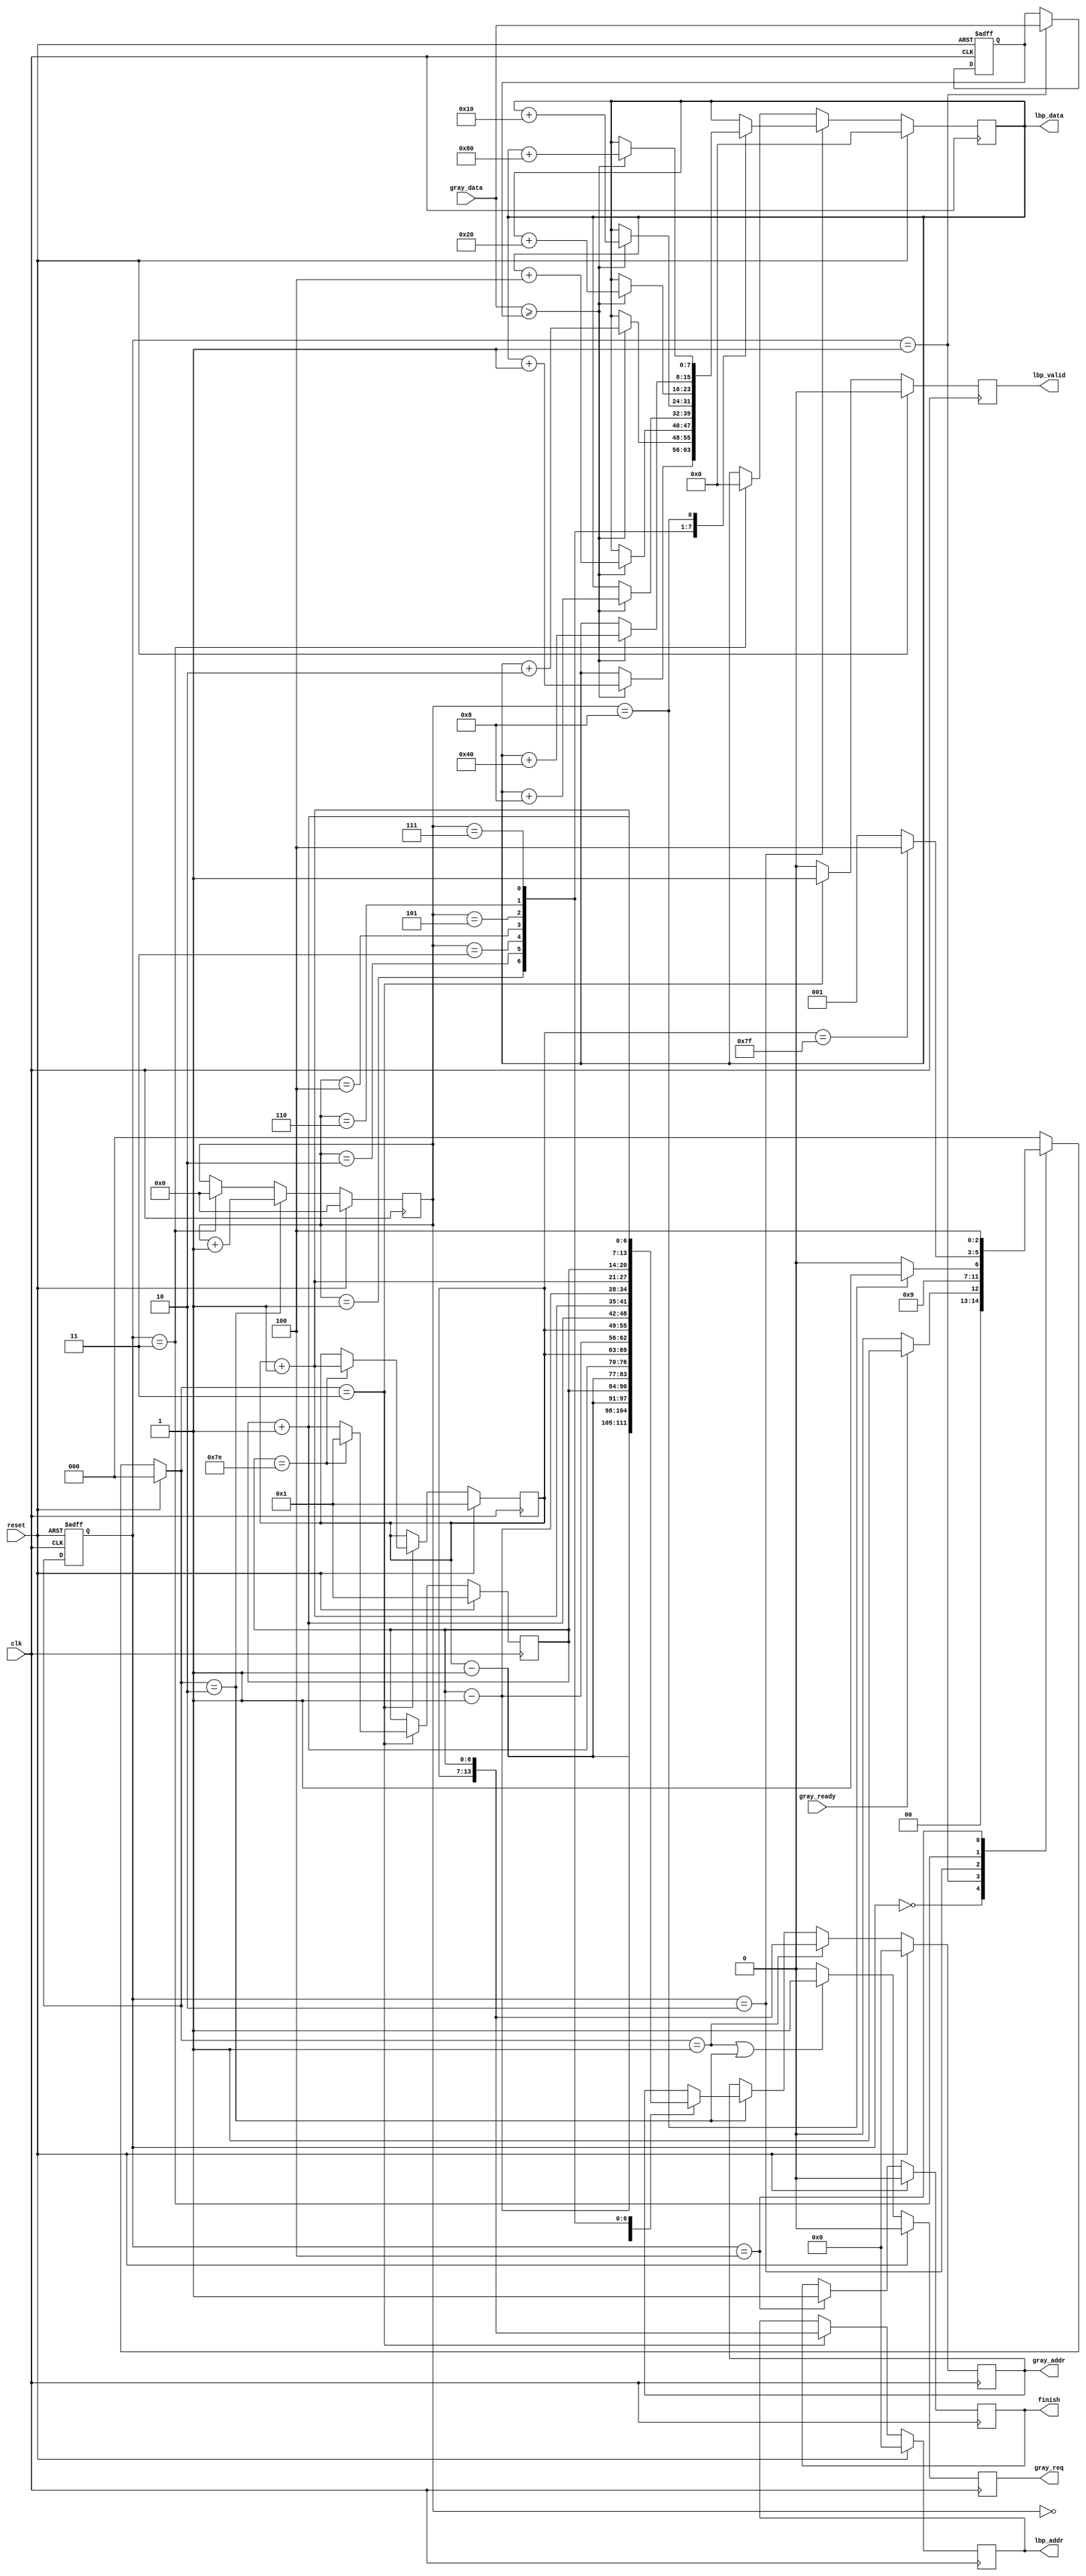
`timescale 1ns/10ps
module LBP ( clk, reset, gray_addr, gray_req, gray_ready, gray_data, lbp_addr, lbp_valid, lbp_data, finish);
input clk;
input reset;
output reg [13:0] gray_addr;
output reg gray_req;
input gray_ready;
input [7:0] gray_data;
output reg [13:0] lbp_addr;
output reg lbp_valid;
output reg [7:0] lbp_data;
output reg finish;

reg [2:0] current_state;
reg [2:0] next_state;
parameter INITIAL = 3'd0;
parameter READ_GC = 3'd1;
parameter CONSOLE_GD = 3'd2;
parameter WRITE_HOST = 3'd3;
parameter FINIFH = 3'd4;

reg [3:0] counter;
reg [6:0] x;
reg [6:0] y;
reg [7:0] center_value;
wire [6:0] x_after;
wire [6:0] x_before;
wire [6:0] y_after;
wire [6:0] y_before;
assign x_after = x + 1;
assign y_after = y + 1;
assign x_before = x - 1;
assign y_before = y - 1;

// next state
always @(posedge clk or posedge reset) begin
    if(reset)
        current_state <= INITIAL;
    else
        current_state <= next_state;
end

// state logic
always @(*) begin
    if(reset)
        next_state = INITIAL;
    else
    begin
        case(current_state)
        INITIAL:
        begin
            if(gray_ready)
                next_state = READ_GC;
            else
                next_state = INITIAL;
        end
        READ_GC:
            next_state = CONSOLE_GD;
        CONSOLE_GD:
            if(counter == 4'd8)
                next_state = WRITE_HOST;
            else
                next_state = CONSOLE_GD;
        WRITE_HOST:
            if(y == 7'd127)
                next_state = FINIFH;
            else
                next_state = READ_GC;
        FINIFH:
            next_state = FINIFH;
        default:
            next_state = INITIAL;
        endcase
    end
end

/* output */
//gray_addr
always @(posedge clk) begin
    if(reset)
        gray_addr <= 0;
    else if(next_state == READ_GC)
        gray_addr <= {y,x};
    else if(next_state == CONSOLE_GD)
    begin
        case (counter)
            4'd0:
                gray_addr <= {y_before, x_before};
            4'd1:
                gray_addr <= {y_before, x};
            4'd2: 
                gray_addr <= {y_before, x_after};
            4'd3:
                gray_addr <= {y, x_before};
            4'd4:
                gray_addr <= {y, x_after};
            4'd5: 
                gray_addr <= {y_after, x_before};
            4'd6:
                gray_addr <= {y_after, x};
            4'd7:
                gray_addr <= {y_after, x_after};
        endcase
    end
end
//gray_req
always @(posedge clk) begin
    if(reset)
        gray_req <= 1'd0;
    else if(next_state == READ_GC || next_state == CONSOLE_GD)
        gray_req <= 1'd1;
    else
        gray_req <= 1'd0;
end
//lbp_addr
always @(posedge clk) begin
    if(reset)
        lbp_addr <= 1'd0;
    else if (next_state == WRITE_HOST)
        lbp_addr <= {y,x};
end
//lbp_valid
always @(posedge clk) begin
    if(reset)
        lbp_valid <= 1'd0;
    else if(next_state == WRITE_HOST)
        lbp_valid <= 1'd1;
    else 
        lbp_valid <= 1'd0;
end
//lbp_data
always @(posedge clk) begin
    if(reset)
        lbp_data <= 8'd0;
    else if(current_state == CONSOLE_GD)
    begin
        case (counter)
            4'd1:
            begin
                if(gray_data >= center_value)
                    lbp_data <= lbp_data + 8'b00000001;//1
            end
            4'd2:
                if(gray_data >= center_value)
                    lbp_data <= lbp_data + 8'b00000010;//2
            4'd3:
                if(gray_data >= center_value)
                    lbp_data <= lbp_data + 8'b00000100;//4
            4'd4:
                if(gray_data >= center_value)
                    lbp_data <= lbp_data + 8'b00001000;//8
            4'd5:
                if(gray_data >= center_value)
                    lbp_data <= lbp_data + 8'b00010000;//16
            4'd6:
                if(gray_data >= center_value)
                    lbp_data <= lbp_data + 8'b00100000;//32
            4'd7:
                if(gray_data >= center_value)
                    lbp_data <= lbp_data + 8'b01000000;//64
            4'd8: 
                if(gray_data >= center_value)
                    lbp_data <= lbp_data + 8'b10000000;//128
        endcase
    end
    else if(current_state == WRITE_HOST)
        lbp_data <= 0;
end
//finish
always @(posedge clk) begin
    if(reset)
        finish <= 1'd0;
    else if(current_state == FINIFH)
        finish <= 1'd1;
end

/* datapath */
//counter
always @(posedge clk) begin
    if(reset)
        counter <= 4'd0;
    else if(next_state == CONSOLE_GD)
        counter <= counter + 4'd1;
    else if(current_state == WRITE_HOST)
        counter <= 0;
end

//center_value
always @(posedge clk or posedge reset) begin
    if(reset)
        center_value <= 8'd0;
    else if(current_state == READ_GC)
        center_value <= gray_data;
    else
        center_value <= center_value;
end

// x and y
always @(posedge clk) begin
    if(reset)
    begin
        x <= 7'd1;
        y <= 7'd1;
    end
    else if(next_state == WRITE_HOST)
    begin
        if(x == 7'd126)
        begin
            x <= 7'd1 ;
            y <= y + 7'd1 ;
        end
        else
            x <= x + 7'd1;
    end
end

endmodule